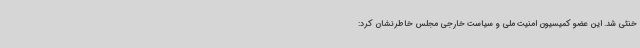
خنثی شد. این عضو کمیسیون امنیت ملی و سیاست خارجی مجلس خاطرنشان کرد: